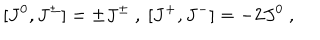
[ J ^ { 0 } , J ^ { \pm } ] = \pm J ^ { \pm } \ , \ [ J ^ { + } , J ^ { - } ] = - 2 J ^ { 0 } \ ,